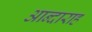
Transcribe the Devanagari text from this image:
आन्दाराह